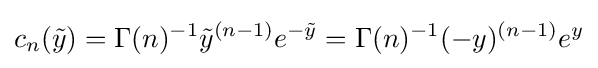
c_{n}({\tilde {y}})=\Gamma (n)^{-1}{\tilde {y}}^{(n-1)}e^{-{\tilde {y}}}=\Gamma (n)^{-1}(-y)^{(n-1)}e^{y}